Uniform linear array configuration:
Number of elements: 12
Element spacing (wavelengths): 1
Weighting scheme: blackman
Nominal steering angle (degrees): -45
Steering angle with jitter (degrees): -45.098
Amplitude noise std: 0.05
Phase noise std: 0.05

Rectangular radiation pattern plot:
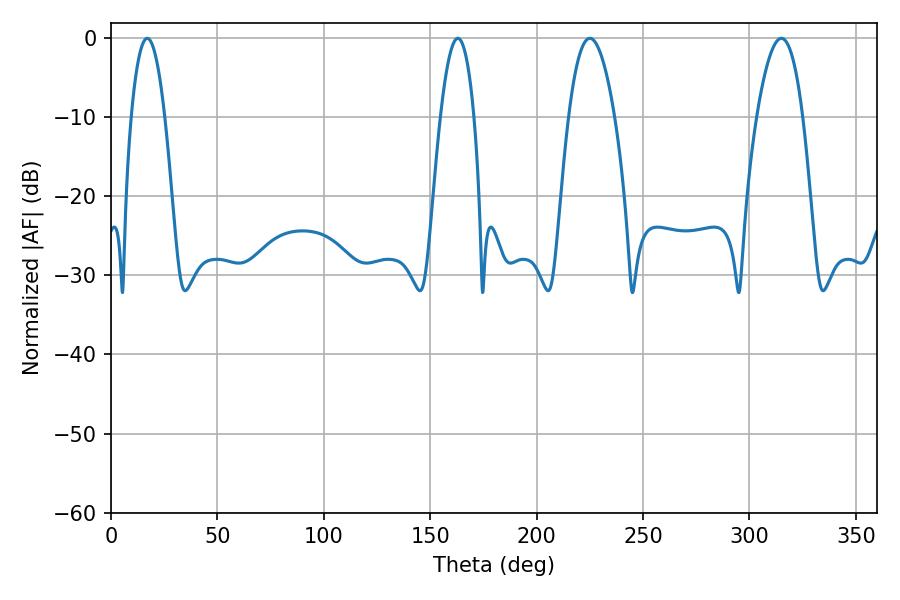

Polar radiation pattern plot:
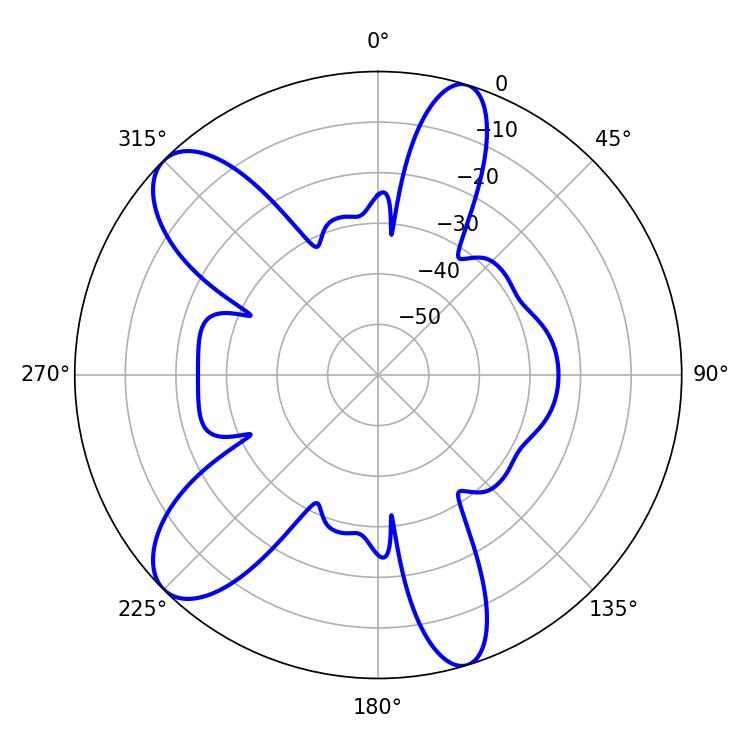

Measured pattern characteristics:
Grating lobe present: TRUE
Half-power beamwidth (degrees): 12.06
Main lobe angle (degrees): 225